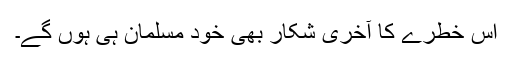
اس خطرے کا آخری شکار بھی خود مسلمان ہی ہوں گے۔